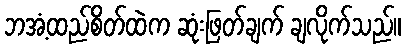
ဘအံ့ထည်စိတ်ထဲက ဆုံးဖြတ်ချက် ချလိုက်သည်။